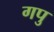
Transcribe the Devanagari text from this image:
गपु